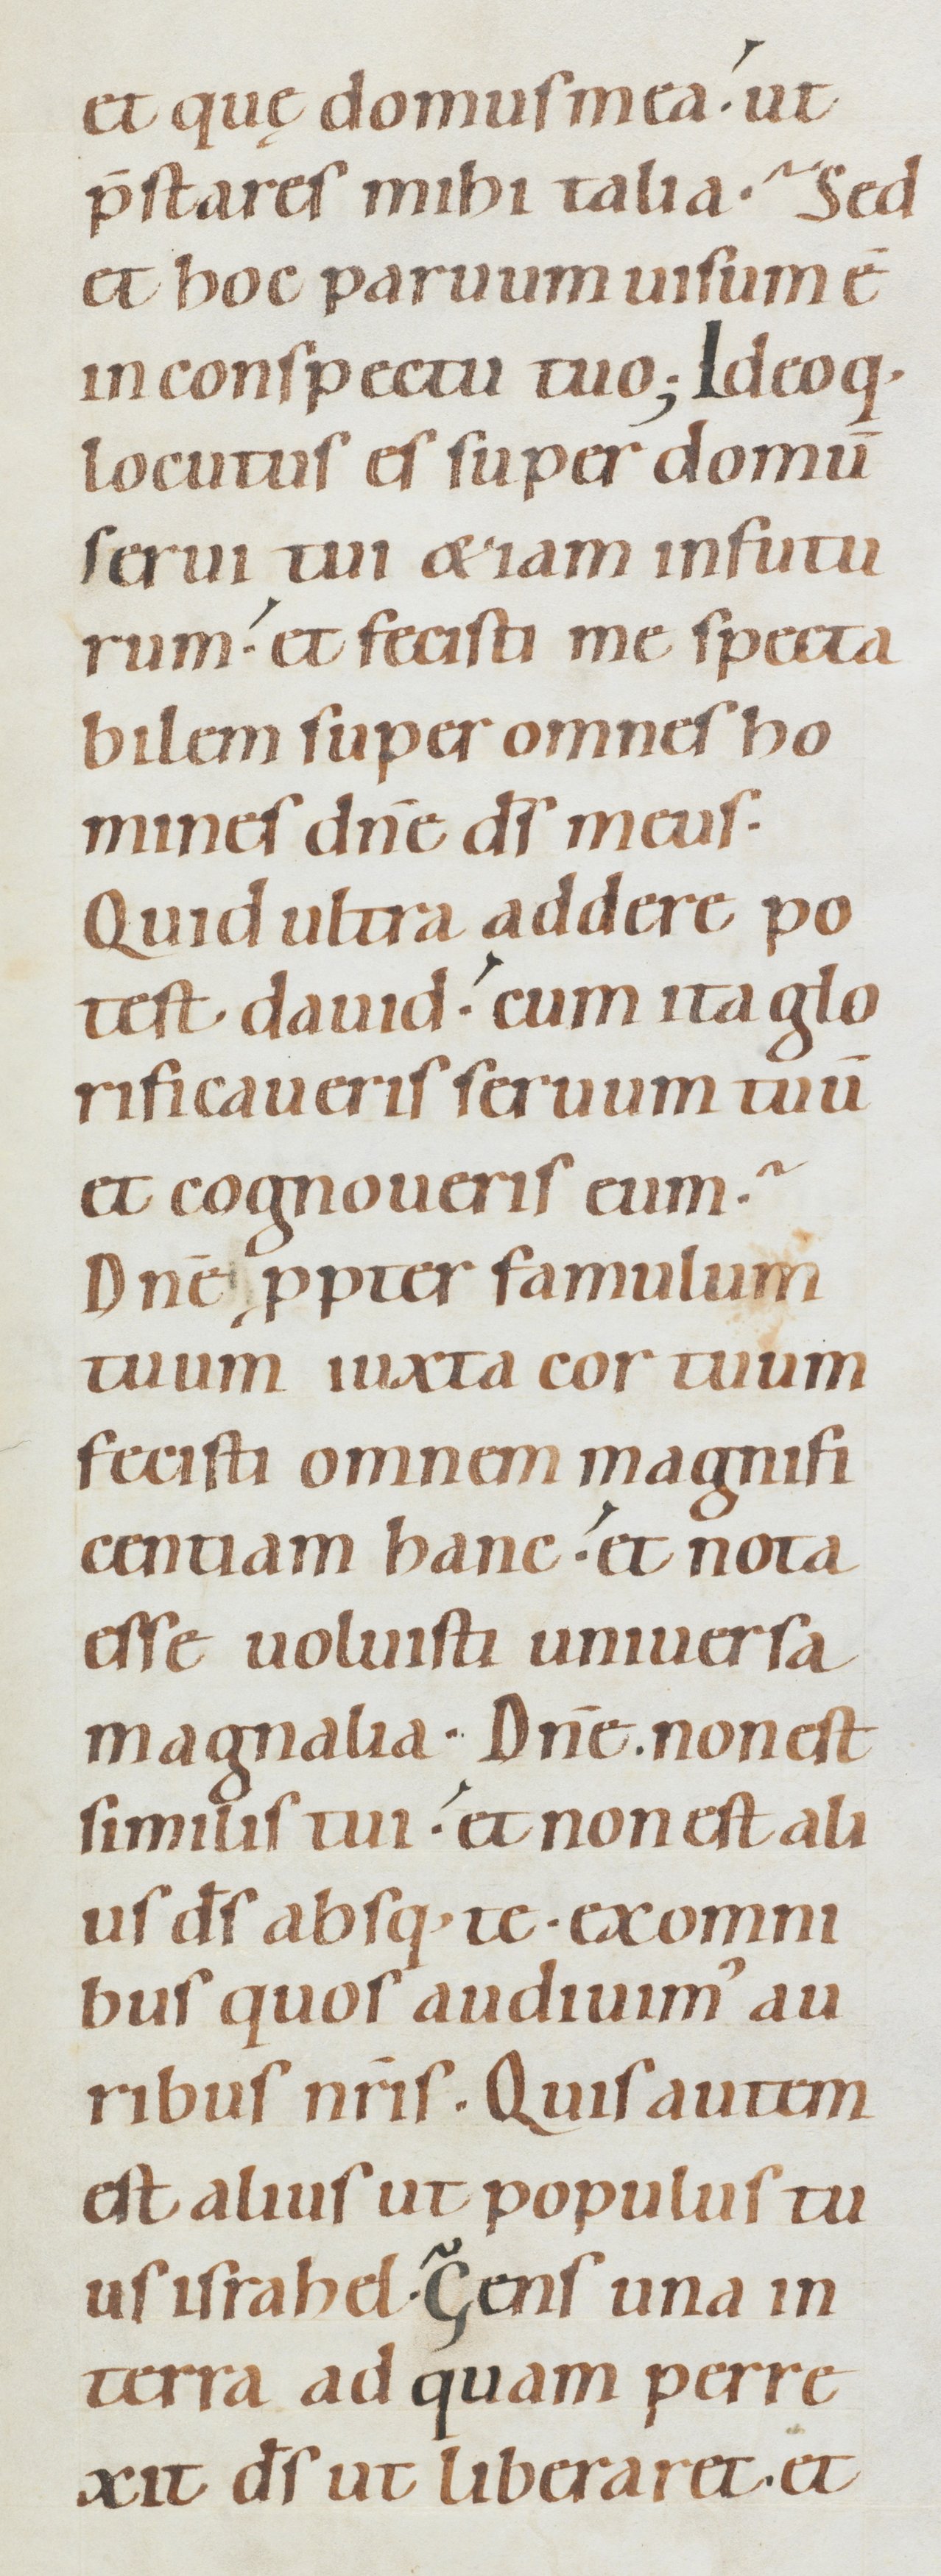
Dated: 1080–1096